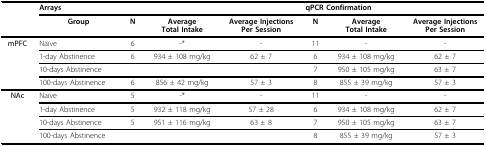
<table><thead><tr><td></td><td colspan="4"><b>Arrays</b></td><td colspan="3"><b>qPCR Confirmation</b></td></tr><tr><td></td><td><b>Group</b></td><td><b>N</b></td><td><b>Average Total Intake</b></td><td><b>Average Injections Per Session</b></td><td><b>N</b></td><td><b>Average Total Intake</b></td><td><b>Average Injections Per Session</b></td></tr></thead><tbody><tr><td><b>mPFC</b></td><td>Naïve</td><td>6</td><td>-*</td><td>-</td><td>11</td><td>-</td><td>-</td></tr><tr><td></td><td>1-day Abstinence</td><td>6</td><td>934 ± 108 mg/kg</td><td>62 ± 7</td><td>6</td><td>934 ± 108 mg/kg</td><td>62 ± 7</td></tr><tr><td></td><td>10-days Abstinence</td><td></td><td></td><td></td><td>7</td><td>950 ± 105 mg/kg</td><td>63 ± 7</td></tr><tr><td></td><td>100-days Abstinence</td><td>6</td><td>856 ± 42 mg/kg</td><td>57 ± 3</td><td>8</td><td>855 ± 39 mg/kg</td><td>57 ± 3</td></tr><tr><td><b>NAc</b></td><td>Naïve</td><td>5</td><td>-*</td><td>-</td><td>11</td><td>-</td><td>-</td></tr><tr><td></td><td>1-day Abstinence</td><td>5</td><td>932 ± 118 mg/kg</td><td>57 ± 28</td><td>6</td><td>934 ± 108 mg/kg</td><td>62 ± 7</td></tr><tr><td></td><td>10-days Abstinence</td><td>5</td><td>951 ± 116 mg/kg</td><td>63 ± 8</td><td>7</td><td>950 ± 105 mg/kg</td><td>63 ± 7</td></tr><tr><td></td><td>100-days Abstinence</td><td></td><td></td><td></td><td>8</td><td>855 ± 39 mg/kg</td><td>57 ± 3</td></tr></tbody></table>